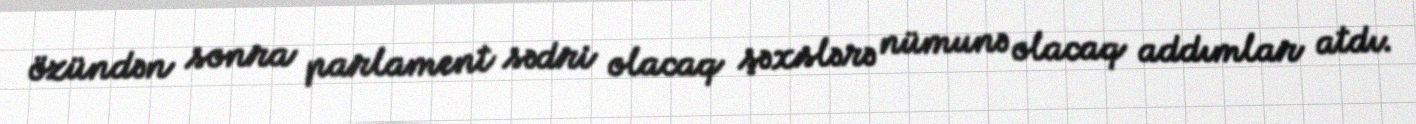
özündən sonra parlament sədri olacaq şəxslərə nümunə olacaq addımlar atdı.